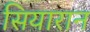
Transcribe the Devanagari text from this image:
सियारान